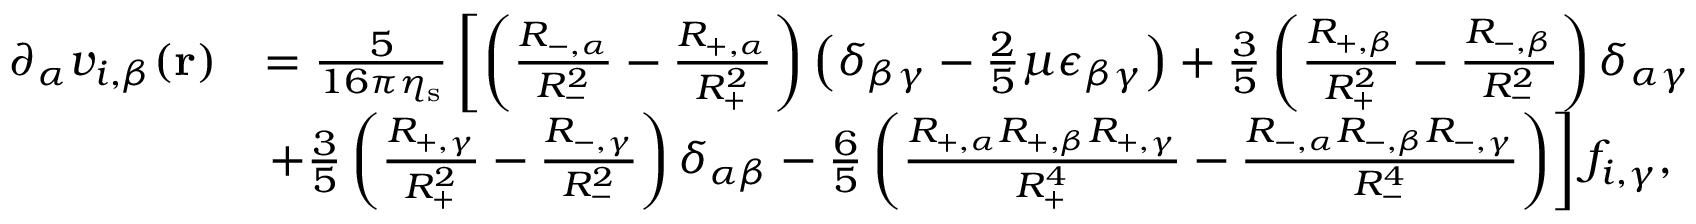
\begin{array} { r l } { \partial _ { \alpha } v _ { i , \beta } ( \mathbf { r } ) } & { = \frac { 5 } { 1 6 \pi \eta _ { \mathrm { s } } } \left[ \left( \frac { R _ { - , \alpha } } { R _ { - } ^ { 2 } } - \frac { R _ { + , \alpha } } { R _ { + } ^ { 2 } } \right) \left( \delta _ { \beta \gamma } - \frac { 2 } { 5 } \mu \epsilon _ { \beta \gamma } \right) + \frac { 3 } { 5 } \left( \frac { R _ { + , \beta } } { R _ { + } ^ { 2 } } - \frac { R _ { - , \beta } } { R _ { - } ^ { 2 } } \right) \delta _ { \alpha \gamma } \right. } \\ & { \left. + \frac { 3 } { 5 } \left( \frac { R _ { + , \gamma } } { R _ { + } ^ { 2 } } - \frac { R _ { - , \gamma } } { R _ { - } ^ { 2 } } \right) \delta _ { \alpha \beta } - \frac { 6 } { 5 } \left( \frac { R _ { + , \alpha } R _ { + , \beta } R _ { + , \gamma } } { R _ { + } ^ { 4 } } - \frac { R _ { - , \alpha } R _ { - , \beta } R _ { - , \gamma } } { R _ { - } ^ { 4 } } \right) \right] f _ { i , \gamma } , } \end{array}